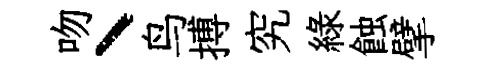
吻丶鸟搏究綠蝕擘